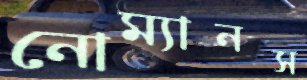
নোম্যানস